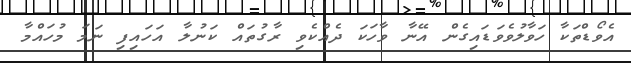
އެވޯޑްތަކާ ހަވާލުވެވަޑައިގެން އޭނާ ވާހަކަ ދެއްކެވި ރާގުތައް ކަނުލާ އަހައިފި ނަމަ މުހައްމާ